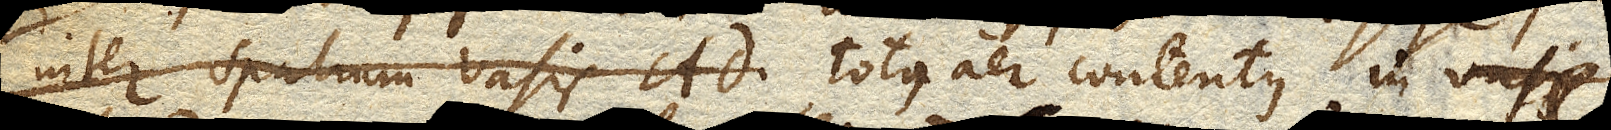
inter spatium vasis AD totus aer contentus in